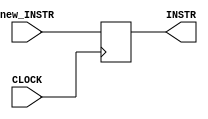
module IF_ID(
	input wire CLOCK,
	input wire [31:0]new_INSTR,
	output reg [31:0]INSTR);
	
	reg [31:0]IF_ID;
	always @(posedge CLOCK) begin
		IF_ID <= new_INSTR;
	end
	
	always begin
		INSTR = IF_ID;
	end
endmodule